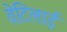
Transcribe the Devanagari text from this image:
वेटिलाई